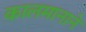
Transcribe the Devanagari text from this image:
कालमानाने